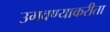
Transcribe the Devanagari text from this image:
उगवण्याकरीता